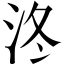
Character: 泈